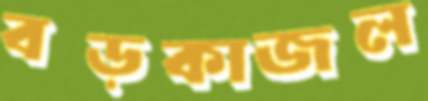
বড়কাজল